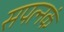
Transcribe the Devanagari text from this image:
सपत्नकं